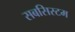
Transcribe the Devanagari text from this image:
सबसिस्टम